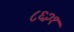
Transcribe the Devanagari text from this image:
८६२१